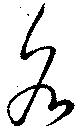
各